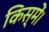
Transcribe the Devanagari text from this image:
किस्में।